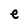
Character: e